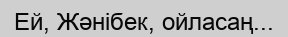
Ей, Жәнібек, ойласаң...